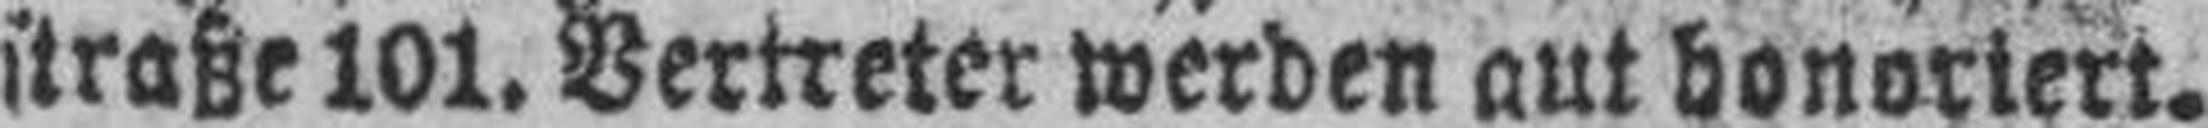
straße 101. Vertreter werden aut honoriert.